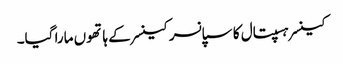
کینسر ہسپتال کا سپانسر کینسر کے ہاتھوں مارا گیا۔